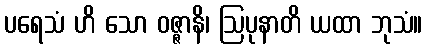
ပရေသံ ဟိ သော ဝဇ္ဇာနိ၊ ဩပုနာတိ ယထာ ဘုသံ။